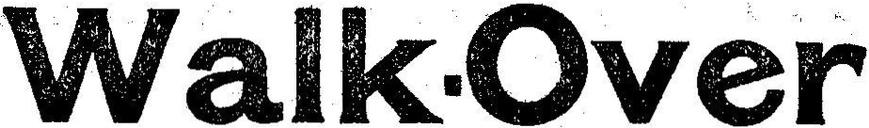
Walk-Over